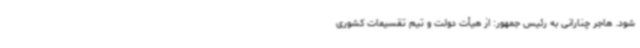
شود. هاجر چنارانی به رئیس جمهور: از هیأت دولت و تیم تقسیمات کشوری